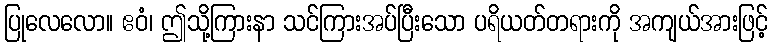
ပြုလေလော။ ဧဝံ၊ ဤသို့ကြားနာ သင်ကြားအပ်ပြီးသော ပရိယတ်တရားကို အကျယ်အားဖြင့်